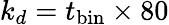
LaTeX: k_{d}=t_{\mathrm{{bin}}}\times 80